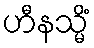
ဟီနသ္မိံ